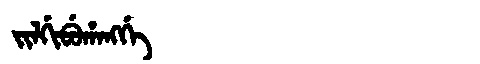
Manchu: ᠵᡳᠯᡤᡳᠪᡠᡥᠠᠩᡤᡝ
Romanization: JILGIBUHANGGE